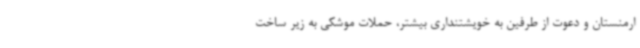
ارمنستان و دعوت از طرفین به خویشتنداری بیشتر، حملات موشکی به زیر ساخت